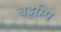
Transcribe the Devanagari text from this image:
चट्टम्पि